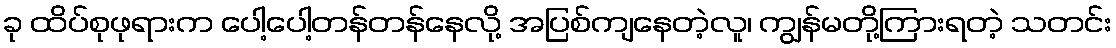
ခု ထိပ်စုဖုရားက ပေါ့ပေါ့တန်တန်နေလို့ အပြစ်ကျနေတဲ့လူ၊ ကျွန်မတို့ကြားရတဲ့ သတင်း